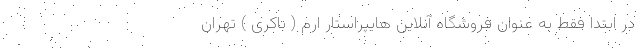
در ابتدا فقط به عنوان فروشگاه آنلاین هایپراستار ارم ( باکری ) تهران